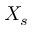
X _ { s }